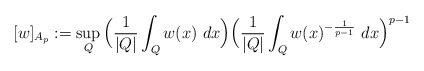
\begin{align*}[w]_{A_{p}}:=\sup_{Q}\Big(\frac1{|Q|}\int_{Q}w(x)\ dx\Big)\Big(\frac1{|Q|}\int_{Q}w(x)^{-\frac1{p-1}}\ dx\Big)^{p-1}\end{align*}